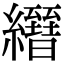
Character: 𦇢